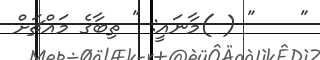
"    " ( )މާނައީ: " ތިބާގެ މައްޗަށް